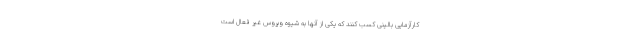
کارآزمایی بالینی کسب کنند که یکی از آنها به شیوه ویروس غیر فعال است